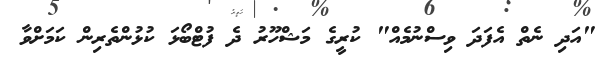
"އަދި ނެތް އެފަދަ ވިސްނުމެއް" ކުރީގެ މަޝްހޫރު ދެ ފުޓްބޯޅަ ކުޅުންތެރިން ކަމަށްވާ